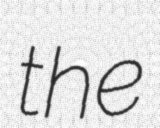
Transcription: the